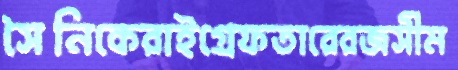
সৈনিকেরাইগ্রেফতারেরজসীম